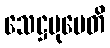
သေဋ္ဌမုပေတိ